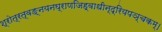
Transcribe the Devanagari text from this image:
श्रोत्रत्वङ्नयनघ्राणजिह्वाधीन्द्रियपञ्चकम्।